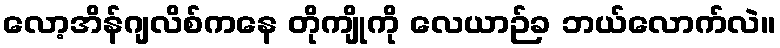
လော့အိန်ဂျလိစ်ကနေ တိုကျိုကို လေယာဉ်ခ ဘယ်လောက်လဲ။